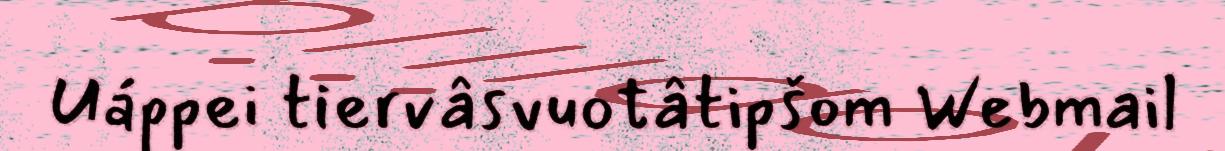
Uáppei tiervâsvuotâtipšom Webmail